Civil Veterinary Dept. Bombay admin report 1893-99 - 1893-1899
Year: 1893
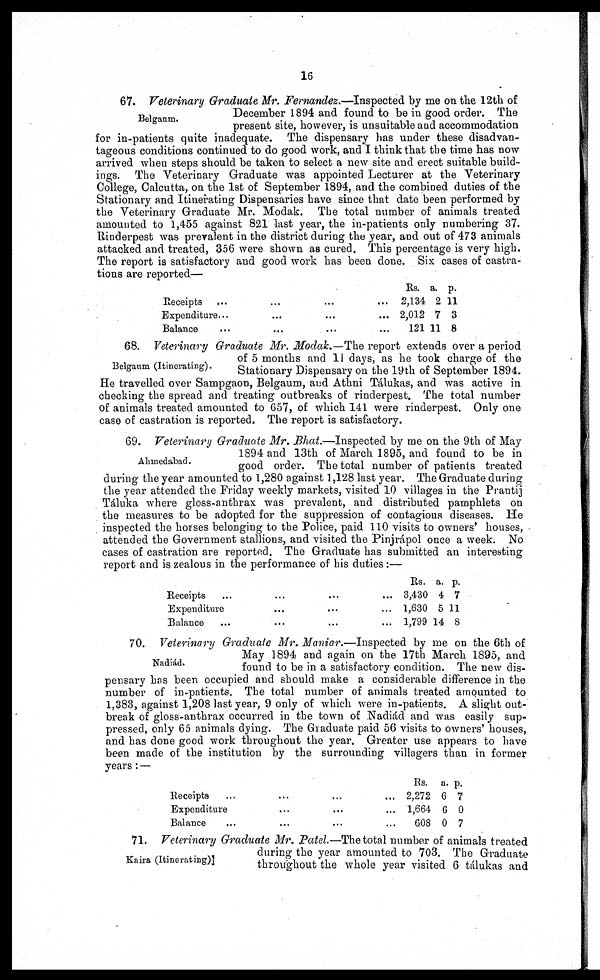
16
Belgaum.
67. Veterinary Graduate Mr. Fernandez.—Inspected by me on the 12th of
December 1894 and found to be in good order. The
present site, however, is unsuitable and accommodation
for in-patients quite inadequate. The dispensary has under these disadvan-
tageous conditions continued to do good work, and I think that the time has now
arrived when steps should be taken to select a new site and erect suitable build-
ings. The Veterinary Graduate was appointed Lecturer at the Veterinary
College, Calcutta, on the 1st of September 1894, and the combined duties of the
Stationary and Itinerating Dispensaries have since that date been performed by
the Veterinary Graduate Mr. Modak. The total number of animals treated
amounted to 1,455 against 821 last year, the in-patients only numbering 37.
Rinderpest was prevalent in the district during the year, and out of 473 animals
attacked and treated, 356 were shown as cured. This percentage is very high.
The report is satisfactory and good work has been done. Six cases of castra-
tions are reported—
Receipts ... ... ... ...
Expenditure ... ... ... ...
Balance ... ... ... ...
Rs.
2,134
2,012
121
a.
2
7
11
p.
11
3
8
Belgaum (Itinerating).
68. Veterinary Graduate Mr. Modak.—The report extends over a period
of 5 months and 11 days, as he took charge of the
Stationary Dispensary on the 19th of September 1894.
He travelled over Sampgaon, Belgaum, and Athni Tálukas, and was active in
checking the spread and treating outbreaks of rinderpest. The total number
of animals treated amounted to 657, of which 141 were rinderpest. Only one
case of castration is reported. The report is satisfactory.
Ahmedabad.
69. Veterinary Graduate Mr. Bhat.—Inspected by me on the 9th of May
1894 and 13th of March 1895, and found to be in
good order. The total number of patients treated
during the year amounted to 1,280 against 1,128 last year. The Graduate during
the year attended the Friday weekly markets, visited 10 villages in the Prantij
Táluka where gloss-anthrax was prevalent, and distributed pamphlets on
the measures to be adopted for the suppression of contagious diseases. He
inspected the horses belonging to the Police, paid 110 visits to owners' houses,
attended the Government stallions, and visited the Pinjrápol once a week. No
cases of castration are reported. The Graduate has submitted an interesting
report and is zealous in the performance of his duties :—
Receipts ... ... ... ...
Expenditure ... ... ...
Balance ... ... ... ...
Rs.
3,430
1,630
1,799
a.
4
5
14
p.
7
11
8
Nadiád.
70. Veterinary Graduate Mr. Maniar.—Inspected by me on the 6th of
May 1894 and again on the 17th March 1895, and
found to be in a satisfactory condition. The new dis-
pensary has been occupied and should make a considerable difference in the
number of in-patients. The total number of animals treated amounted to
1,383, against 1,208 last year, 9 only of which were in-patients. A slight out-
break of gloss-anthrax occurred in the town of Nadiád and was easily sup-
pressed, only 65 animals dying. The Graduate paid 56 visits to owners' houses,
and has done good work throughout the year. Greater use appears to have
been made of the institution by the surrounding villagers than in former
years: —
Receipts ... ... ... ...
Expenditure ... ... ...
Balance ... ... ... ...
Rs.
2,272
1,664
608
a.
6
6
0
p.
7
0
7
Kaira (Itinerating)]
71. Veterinary Graduate Mr. Patel.—The total number of animals treated
during the year amounted to 703. The Graduate
throughout the whole year visited 6 tálukas and